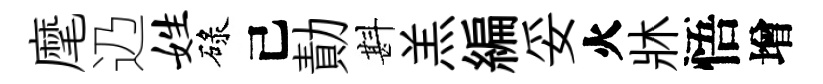
麾辸姓碌己勣斟羔編妥火牀悟增